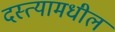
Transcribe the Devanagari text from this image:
दस्त्यामधील